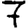
Digit: 7